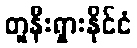
တူနီးရှားနိုင်ငံ